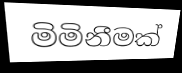
මිමිනීමක්